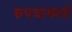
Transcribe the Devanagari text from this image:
रुपयामध्ये